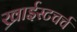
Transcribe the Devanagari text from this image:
ख्राईस्टचर्च